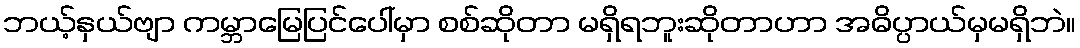
ဘယ့်နှယ်ဗျာ ကမ္ဘာမြေပြင်ပေါ်မှာ စစ်ဆိုတာ မရှိရဘူးဆိုတာဟာ အဓိပ္ပာယ်မှမရှိဘဲ။